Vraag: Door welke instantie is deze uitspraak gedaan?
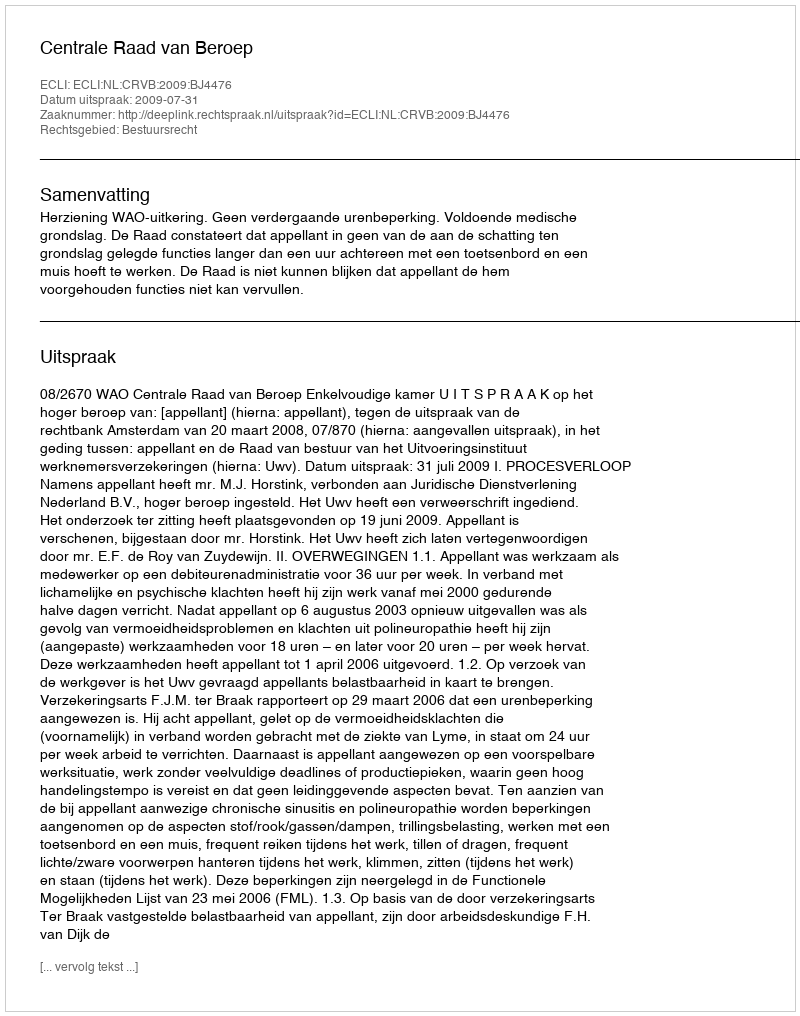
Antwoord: Centrale Raad van Beroep